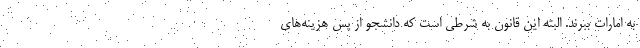
به امارات ببرند. البته این قانون به شرطی است که دانشجو از پس هزینه‌های